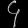
Digit: ၄